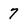
Character: 7